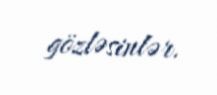
gözləsinlər.